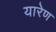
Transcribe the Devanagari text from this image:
यारेण